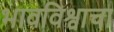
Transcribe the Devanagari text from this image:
भावविश्वाचा